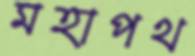
মহাপথ